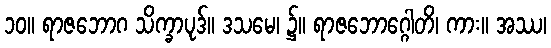
၁၀။ ရာဇဘောဂ သိက္ခာပုဒ်။ ဒသမေ၊ ၌။ ရာဇဘောဂ္ဂေါတိ၊ ကား။ အဿ၊